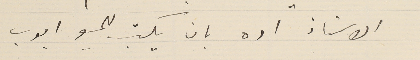
الاستاذ اده بان يكتب للمسيو ايوب